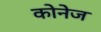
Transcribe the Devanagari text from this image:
कोनेज